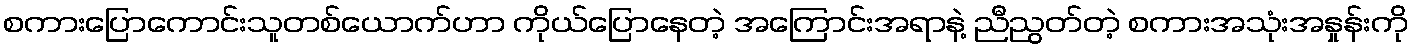
စကားပြောကောင်းသူတစ်ယောက်ဟာ ကိုယ်ပြောနေတဲ့ အကြောင်းအရာနဲ့ ညီညွတ်တဲ့ စကားအသုံးအနှုန်းကို